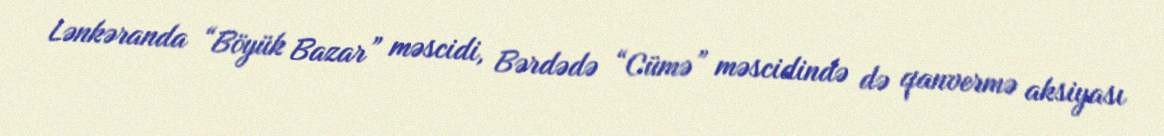
Lənkəranda “Böyük Bazar” məscidi, Bərdədə “Cümə” məscidində də qanvermə aksiyası